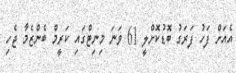
އެއަށް ފަހު ފަރަގު ބޮޑުކޮށްލީ 61 ވަނަ މިނިޓްގައި ކަރީމް ބެންޒެމާ ޖެހި